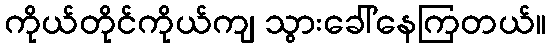
ကိုယ်တိုင်ကိုယ်ကျ သွားခေါ်နေကြတယ်။